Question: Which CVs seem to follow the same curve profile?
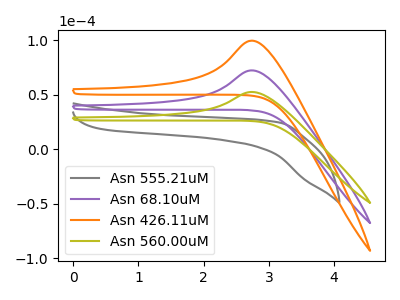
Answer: <think>The gray curve "Asn 555.21uM" has no peaks. The purple curve "Asn 68.10uM" has an anodic peak at: (2.75V, 72.35uA). The orange curve "Asn 426.11uM" has an anodic peak at: (2.75V, 144.70uA). The olive curve "Asn 560.00uM" has an anodic peak at: (2.75V, 52.55uA).
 "Asn 555.21uM" and "Asn 68.10uM" have a different number of peaks. "Asn 555.21uM" and "Asn 426.11uM" have a different number of peaks. "Asn 555.21uM" and "Asn 560.00uM" have a different number of peaks. All the peaks in "Asn 68.10uM" have a peak in "Asn 426.11uM" at the same potential. Every peak in "Asn 68.10uM" is lower than every peak in "Asn 426.11uM". All the peaks in "Asn 68.10uM" have a peak in "Asn 560.00uM" at the same potential. Every peak in "Asn 68.10uM" is higher than every peak in "Asn 560.00uM". All the peaks in "Asn 426.11uM" have a peak in "Asn 560.00uM" at the same potential. Every peak in "Asn 426.11uM" is higher than every peak in "Asn 560.00uM".</think>
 <answer>"Asn 560.00uM", "Asn 68.10uM" and "Asn 426.11uM" have the same shape and are likely CV's of the same chemical.</answer>
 <eval>"Asn 560.00uM" "Asn 68.10uM" "Asn 426.11uM"</eval>